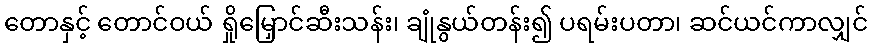
တောနှင့် တောင်ဝယ် ရှိုမြှောင်ဆီးသန်း၊ ချုံနွယ်တန်း၍ ပရမ်းပတာ၊ ဆင်ယင်ကာလျှင်